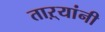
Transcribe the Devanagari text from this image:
ताऱ्यांनी